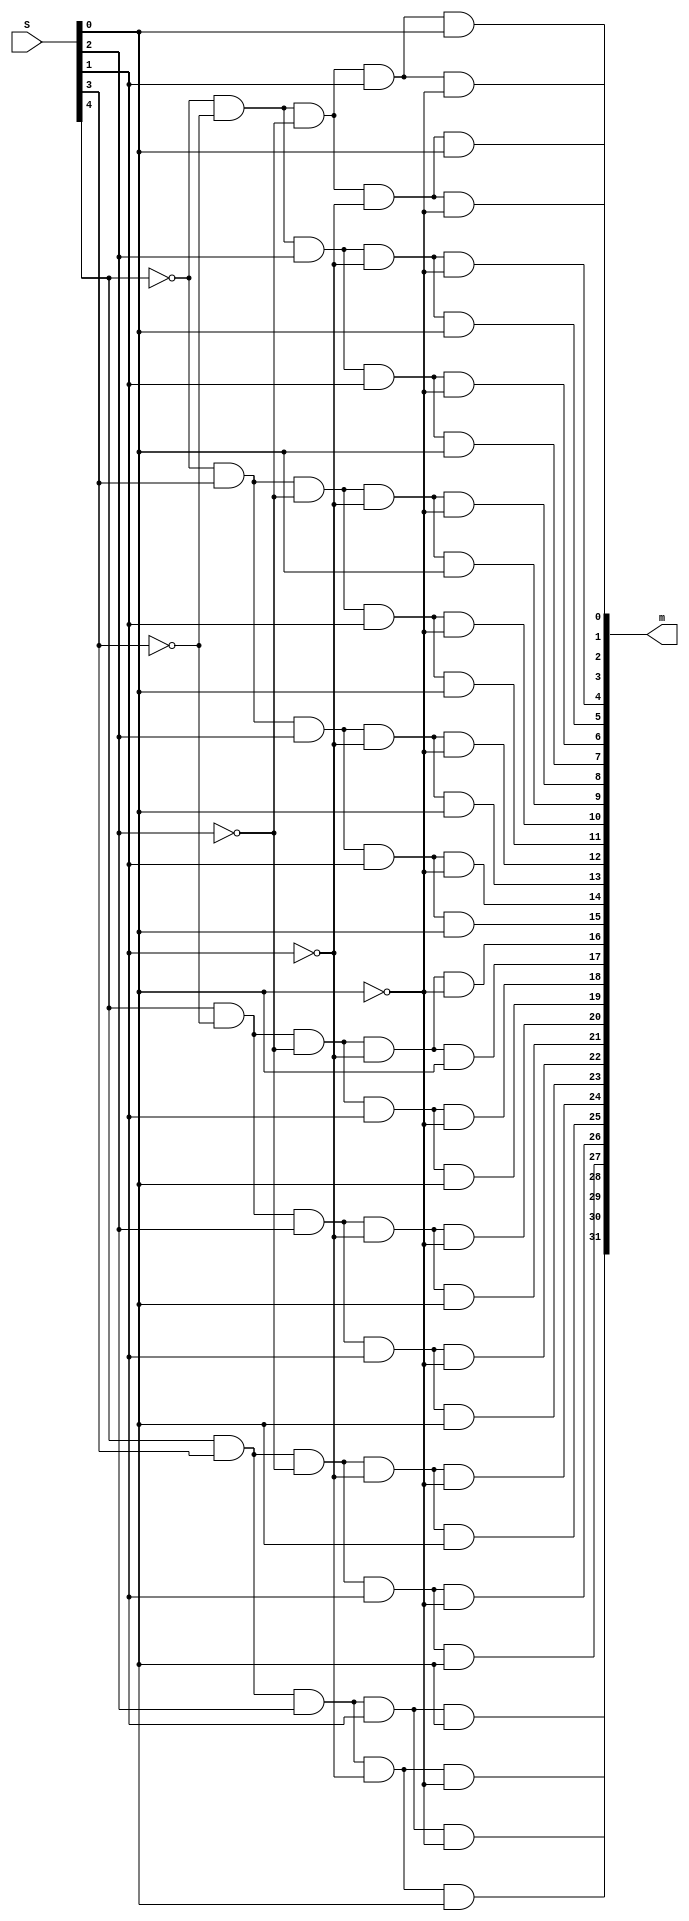
module Decoder5to32(S, m);
	input [4:0]S; // select
	output [31:0]m; // 32 minterms
	
	assign m[0] = ~S[4]&~S[3]&~S[2]&~S[1]&~S[0];
	assign m[1] = ~S[4]&~S[3]&~S[2]&~S[1]& S[0];
	assign m[2] = ~S[4]&~S[3]&~S[2]& S[1]&~S[0];
	assign m[3] = ~S[4]&~S[3]&~S[2]& S[1]& S[0];
	assign m[4] = ~S[4]&~S[3]& S[2]&~S[1]&~S[0];
	assign m[5] = ~S[4]&~S[3]& S[2]&~S[1]& S[0];
	assign m[6] = ~S[4]&~S[3]& S[2]& S[1]&~S[0];
	assign m[7] = ~S[4]&~S[3]& S[2]& S[1]& S[0];
	assign m[8] = ~S[4]& S[3]&~S[2]&~S[1]&~S[0];
	assign m[9] = ~S[4]& S[3]&~S[2]&~S[1]& S[0];
	assign m[10]= ~S[4]& S[3]&~S[2]& S[1]&~S[0];
	assign m[11]= ~S[4]& S[3]&~S[2]& S[1]& S[0];
	assign m[12]= ~S[4]& S[3]& S[2]&~S[1]&~S[0];
	assign m[13]= ~S[4]& S[3]& S[2]&~S[1]& S[0];
	assign m[14]= ~S[4]& S[3]& S[2]& S[1]&~S[0];
	assign m[15]= ~S[4]& S[3]& S[2]& S[1]& S[0];	
	assign m[16]=  S[4]&~S[3]&~S[2]&~S[1]&~S[0];
	assign m[17]=  S[4]&~S[3]&~S[2]&~S[1]& S[0];
	assign m[18]=  S[4]&~S[3]&~S[2]& S[1]&~S[0];
	assign m[19]=  S[4]&~S[3]&~S[2]& S[1]& S[0];
	assign m[20]=  S[4]&~S[3]& S[2]&~S[1]&~S[0];
	assign m[21]=  S[4]&~S[3]& S[2]&~S[1]& S[0];
	assign m[22]=  S[4]&~S[3]& S[2]& S[1]&~S[0];
	assign m[23]=  S[4]&~S[3]& S[2]& S[1]& S[0];
	assign m[24]=  S[4]& S[3]&~S[2]&~S[1]&~S[0];
	assign m[25]=  S[4]& S[3]&~S[2]&~S[1]& S[0];
	assign m[26]=  S[4]& S[3]&~S[2]& S[1]&~S[0];
	assign m[27]=  S[4]& S[3]&~S[2]& S[1]& S[0];
	assign m[28]=  S[4]& S[3]& S[2]&~S[1]&~S[0];
	assign m[29]=  S[4]& S[3]& S[2]&~S[1]& S[0];
	assign m[30]=  S[4]& S[3]& S[2]& S[1]&~S[0];
	assign m[31]=  S[4]& S[3]& S[2]& S[1]& S[0];
endmodule